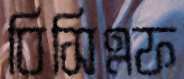
বিসিএফ